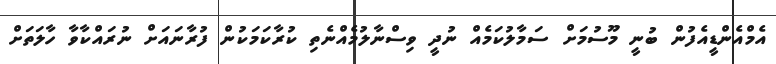
އެމްއެންޑީއެފުން ބުނީ މޫސުމަށް ސަމާލުކަމެއް ނުދީ ވިސްނާލުމެއްނެތި ކުރާކަމަކުން ފުރާނައަށް ނުރައްކާވާ ހާލަތަށް